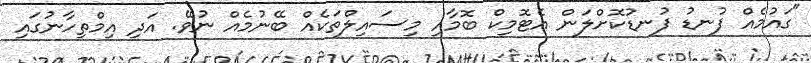
"ގައުމެއް ފުނޑު ފުނޑުކޮށްލަން އެޓޮމިކް ބޮމާއި މިސައިލްތަކެއް ބޭނުމެއް ނުވޭ. އަދި އިމްތިހާނުގައި